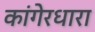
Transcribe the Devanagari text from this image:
कांगेरधारा